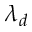
\lambda _ { d }